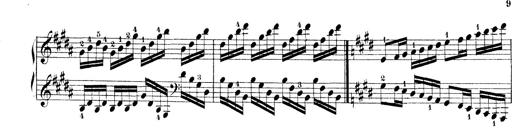
Title: Technische Studien
Composer: Franz Liszt